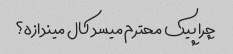
چرا پیک محترم میسد کال میندازه؟